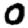
Digit: 0